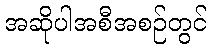
အဆိုပါအစီအစဉ်တွင်